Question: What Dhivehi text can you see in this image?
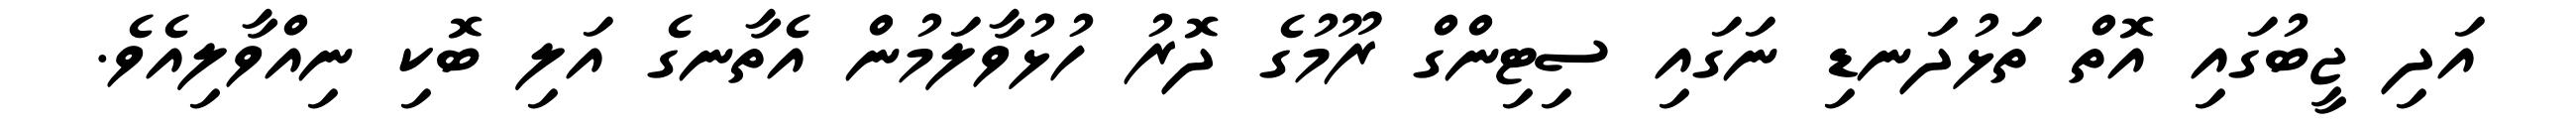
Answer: އަދި ޖީބުގައި އޮތް ތަޅުދަނޑި ނަގައި ސިޓިންގް ރޫމުގެ ދޮރު ހުޅުވާލަމުން އެތާނގެ އަލި ބޮކި ނިއްވާލިއެވެ.